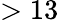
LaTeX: >13